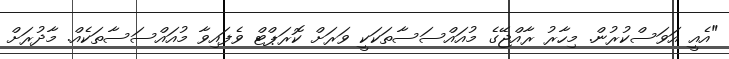
"އެއީ އަވަސްކުރުން. މިހާރު ރާއްޖޭގެ މުއައްސަސާތަކަކީ ވަރަށް ކޮރަޕްޓް ވެފައިވާ މުއައްސަސާތަކެއް. މާދުރަށް